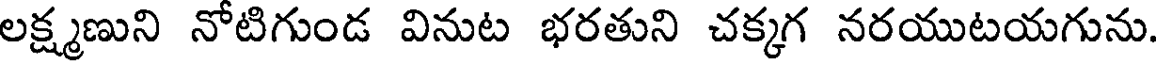
లక్ష్మణుని నోటిగుండ వినుట భరతుని చక్కగ నరయుటయగును